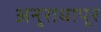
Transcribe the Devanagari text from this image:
अनुराधापूर